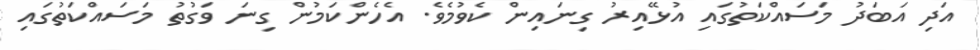
އަދި އަބަދު މަސައްކަތުގައި އުޅޭއިރު ގިނައިން ކެވުމެވެ. އެހެންކަމުން ގިނަ ވަގުތު މަސައްކަތުގައި